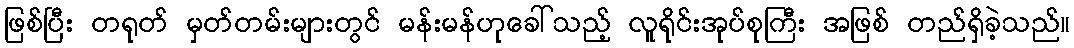
ဖြစ်ပြီး တရုတ် မှတ်တမ်းများတွင် မန်းမန်ဟုခေါ်သည့် လူရိုင်းအုပ်စုကြီး အဖြစ် တည်ရှိခဲ့သည်။